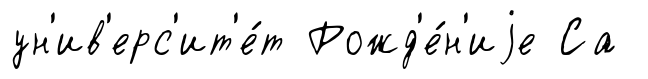
ун'ив'ерс'ит'е́т Рожд'е́н'иjе Са